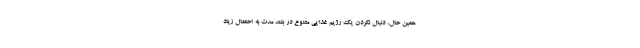
همین حال، دنبال نکردن یک رژیم غذایی متنوع در بلند مدت به احتمال زیاد